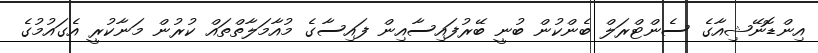
އިންޑޮނޭޝިއާގެ ސެންޓްރަލް ބެންކުން ބުނީ ބޭރުފައިސާއިން ފައިސާގެ މުއާމަލާތްތައް ކުރުން މަނާކުރީ އެގައުމުގެ